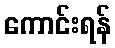
ကောင်းရန်